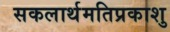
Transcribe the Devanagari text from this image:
सकलार्थमतिप्रकाशु